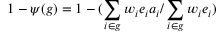
1 - \psi ( g ) = 1 - ( \sum _ { i \in g } w _ { i } e _ { i } a _ { i } / \sum _ { i \in g } w _ { i } e _ { i } )